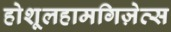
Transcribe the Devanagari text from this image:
होशूलहामगिज़ेत्स